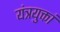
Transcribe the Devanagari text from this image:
यंत्रयुक्तां